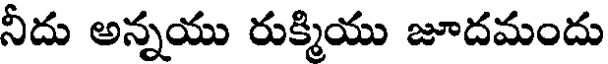
నీదు అన్నయు రుక్మియు జూదమందు